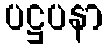
ပဋ္ဌပနာ